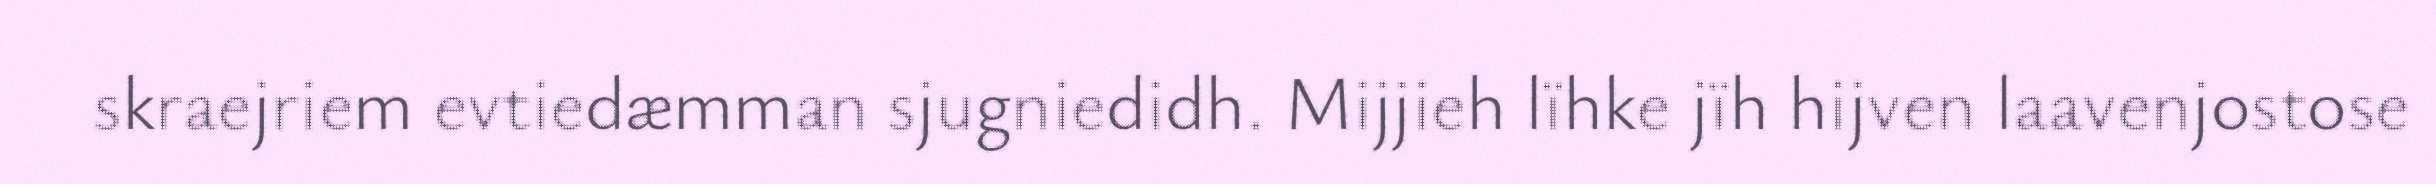
skraejriem evtiedæmman sjugniedidh. Mijjieh lïhke jïh hijven laavenjostose